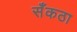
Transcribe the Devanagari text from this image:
सँकठा